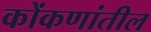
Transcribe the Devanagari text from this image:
कोंकणांतील